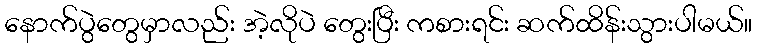
နောက်ပွဲတွေမှာလည်း အဲ့လိုပဲ တွေးပြီး ကစားရင်း ဆက်ထိန်းသွားပါမယ်။